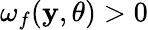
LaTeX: \omega_{f}(\mathbf{y},\theta)>0